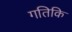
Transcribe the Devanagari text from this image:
गतिकि